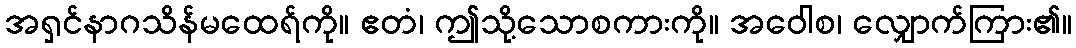
အရှင်နာဂသိန်မထေရ်ကို။ ဧတံ၊ ဤသို့သောစကားကို။ အဝေါစ၊ လျှောက်ကြား၏။